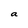
Character: a